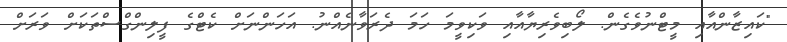
"ކައިޒާންއާއި މީޓްނުވެގެން. ލޯބިވެރިޔާއާއި ވަކިވީމަ ހަމަ ދެރަވާނެއްނު. އަހަންނަށް ކެޓްގެ ފީލިންގްސްތަކަށް ވަރަށް